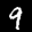
Label: 9